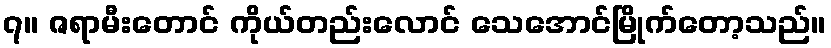
၇။ ဇရာမီးတောင် ကိုယ်တည်းလောင် သေအောင်မြိုက်တော့သည်။